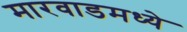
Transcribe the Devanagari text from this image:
मारवाडमध्ये